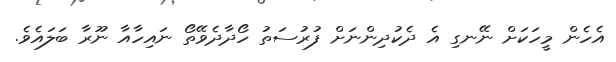
އެހެން މީހަކަށް ނޭނގި އެ ދެކުދިންނަށް ފުރުސަތު ހޯދާދެވޭތޯ ނައިހާއާ ނޫރާ ބަލައެވެ.